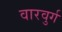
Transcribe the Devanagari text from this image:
वारवुर्ग